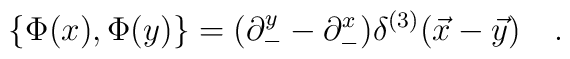
\{\Phi(x), \Phi(y)\}=(\partial_{-}^y-\partial_{-}^x)\delta ^{(3)}(\vec{x}-\vec{y})\quad.